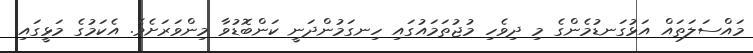
މައްސަލަތައް އަޅުގަނޑުމެންގެ މި ދިވެހި މުޖުތަމައުގައި ހިނގަމުންދަނީ ކަންބޮޑުވާ މިންވަރަށެވެ. އެކަމުގެ މަޅީގައި